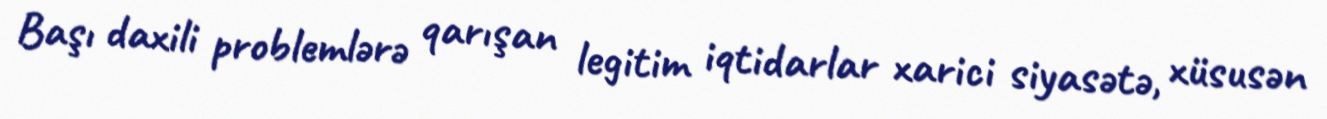
Başı daxili problemlərə qarışan legitim iqtidarlar xarici siyasətə, xüsusən